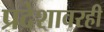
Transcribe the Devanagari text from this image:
प्रदेशावरही